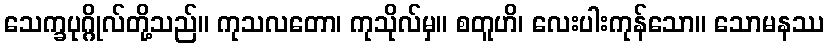
သေက္ခပုဂ္ဂိုလ်တို့သည်။ ကုသလတော၊ ကုသိုလ်မှ။ စတူဟိ၊ လေးပါးကုန်သော။ သောမနဿ